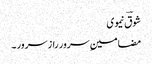
شوقؔ نیموی
مضامینِ سرور راز سرور ۔